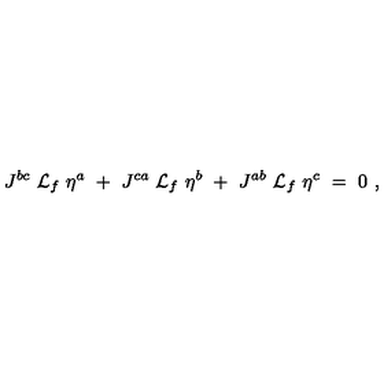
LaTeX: J ^ { b c } \ { \cal L } _ { f } \ \eta ^ { a } \ + \ J ^ { c a } \ { \cal L } _ { f } \ \eta ^ { b } \ + \ J ^ { a b } \ { \cal L } _ { f } \ \eta ^ { c } \ = \ 0 \ ,